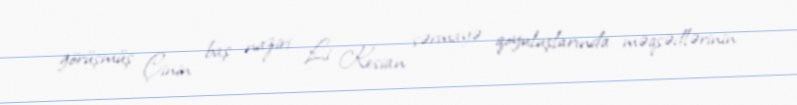
görüşmüş Çinin baş naziri Li Kesian sərmayə qoyuluşlarında məqsədlərinin